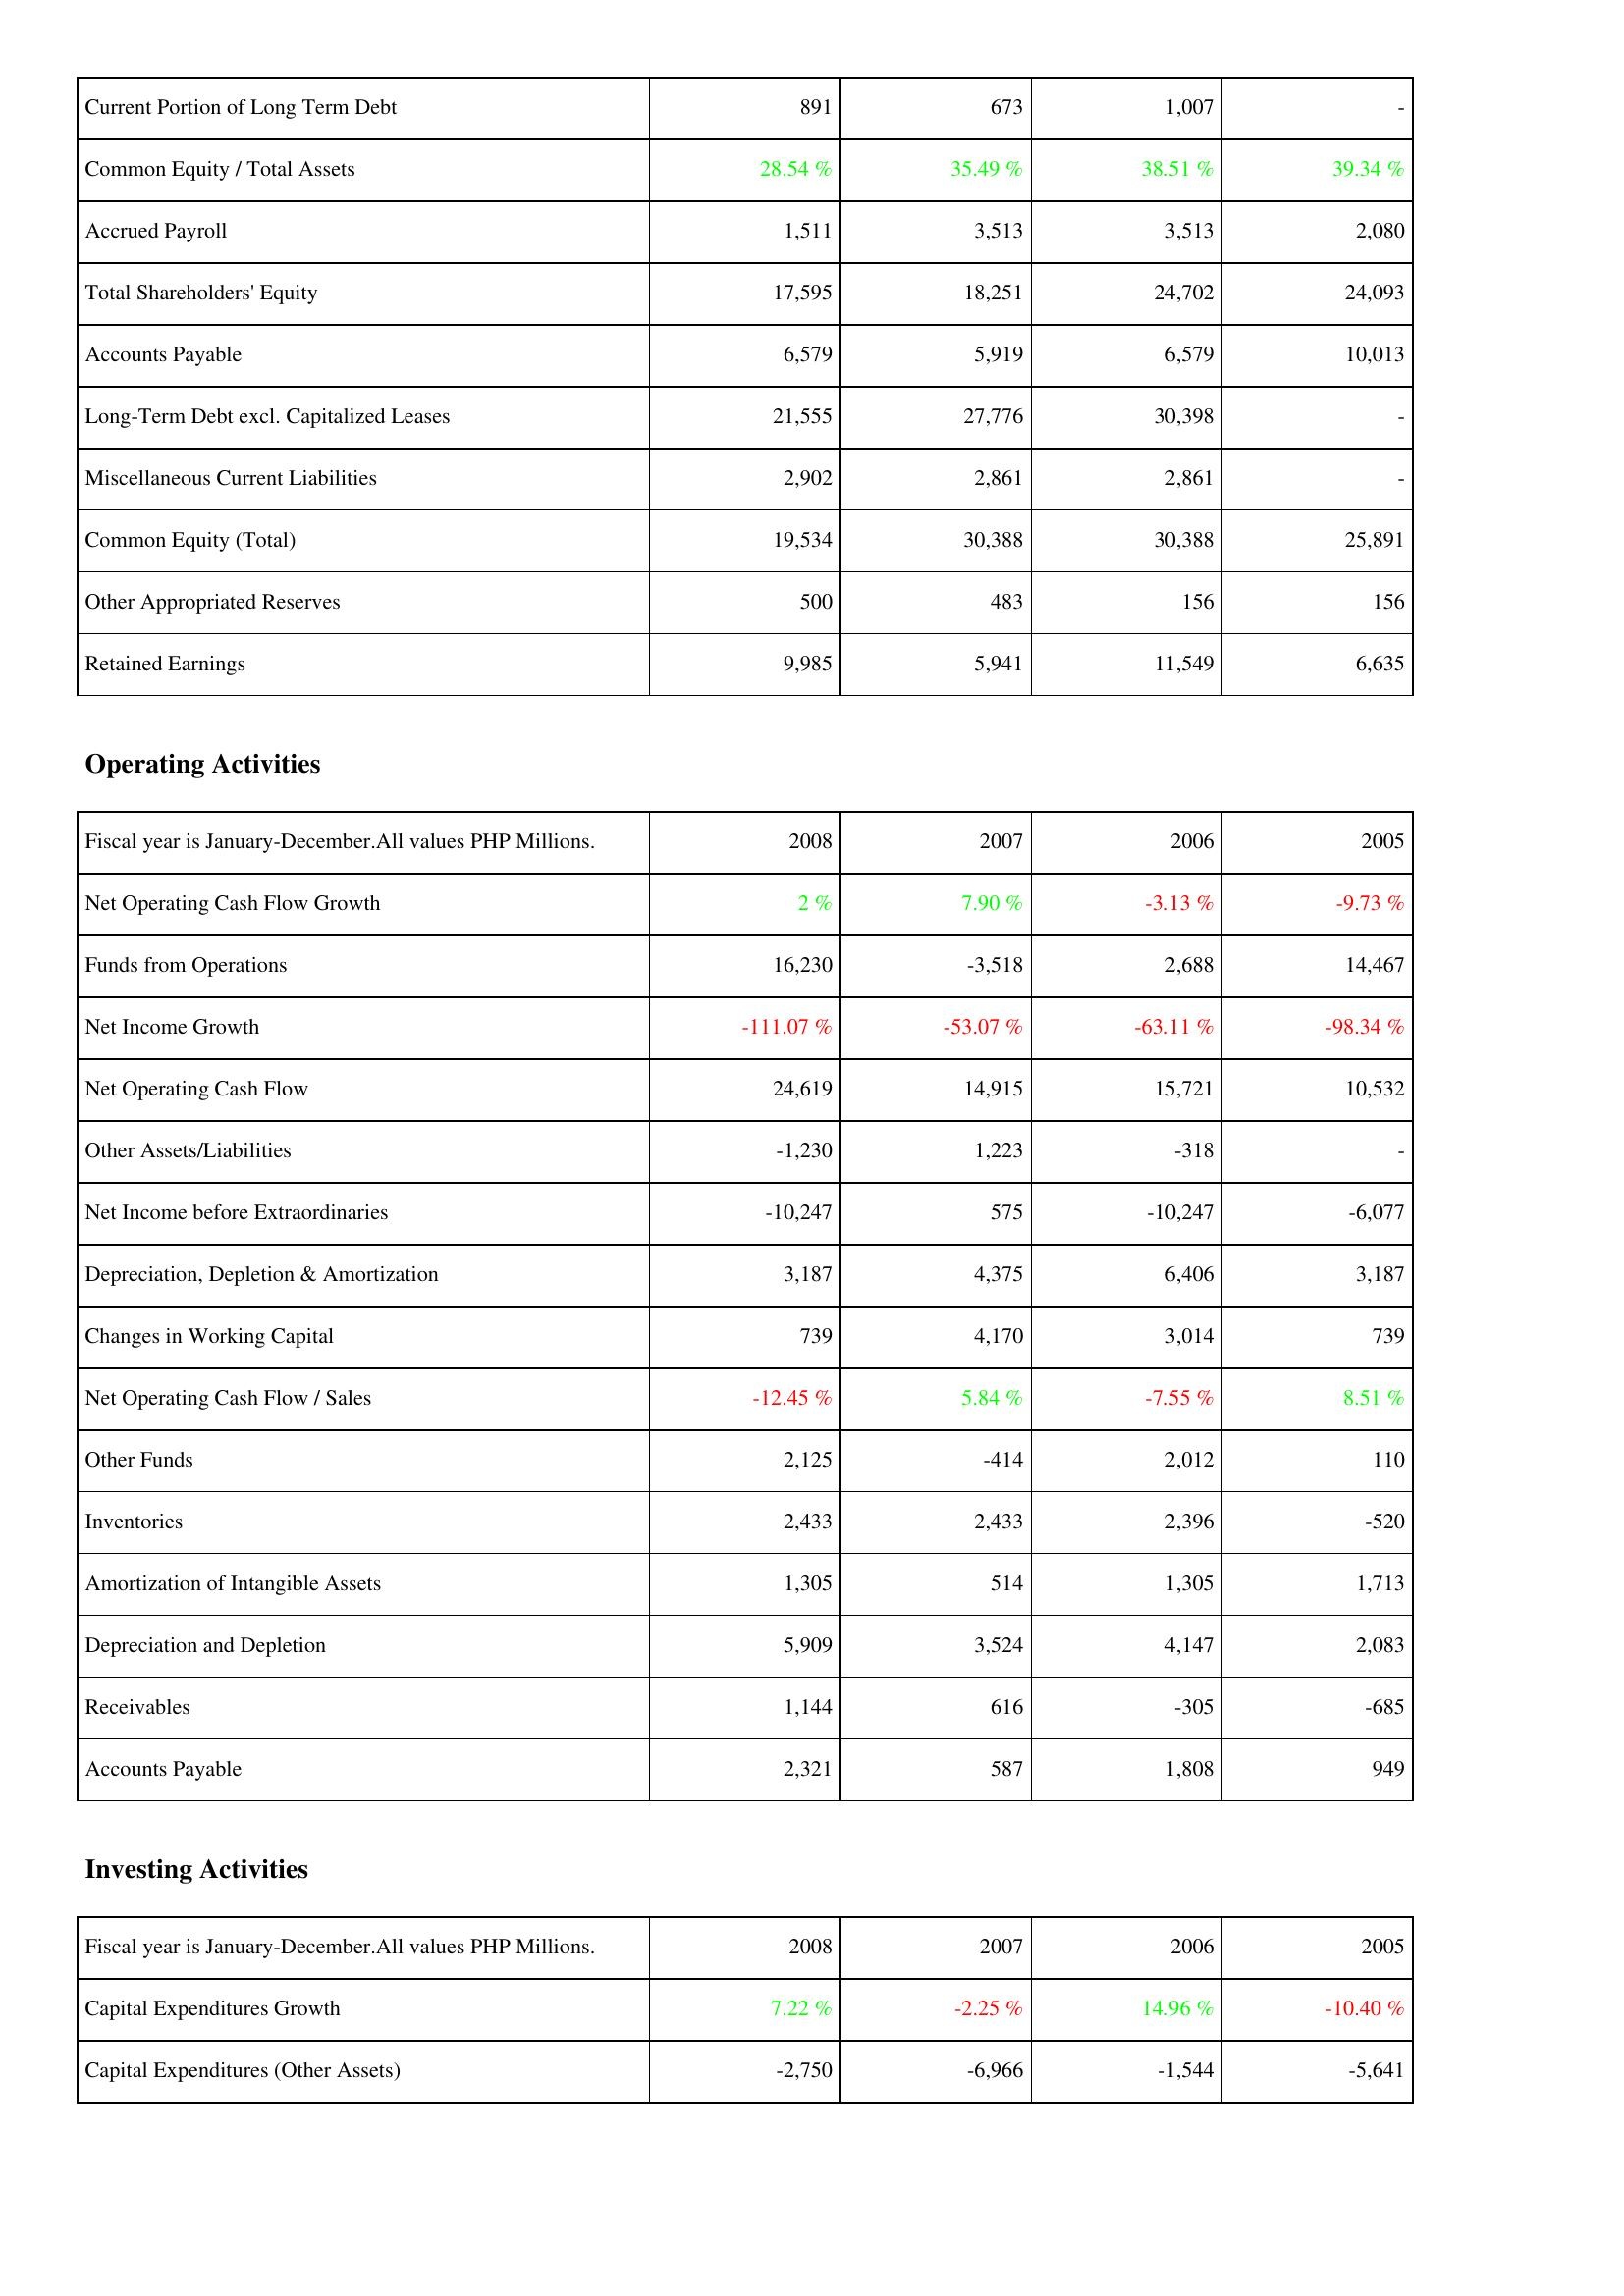
2008: Liabilities & Shareholders' Equity: Current Portion of Long Term Debt: 891
Common Equity / Total Assets: 28.54 %
Accrued Payroll: 1,511
Total Shareholders' Equity: 17,595
Accounts Payable: 6,579
Long-Term Debt excl. Capitalized Leases: 21,555
Miscellaneous Current Liabilities: 2,902
Common Equity (Total): 19,534
Other Appropriated Reserves: 500
Retained Earnings: 9,985
Operating Activities: Net Operating Cash Flow Growth: 2 %
Funds from Operations: 16,230
Net Income Growth: -111.07 %
Net Operating Cash Flow: 24,619
Other Assets/Liabilities: -1,230
Net Income before Extraordinaries: -10,247
Depreciation, Depletion & Amortization: 3,187
Changes in Working Capital: 739
Net Operating Cash Flow / Sales: -12.45 %
Other Funds: 2,125
Inventories: 2,433
Amortization of Intangible Assets: 1,305
Depreciation and Depletion: 5,909
Receivables: 1,144
Accounts Payable: 2,321
Investing Activities: Capital Expenditures Growth: 7.22 %
Capital Expenditures (Other Assets): -2,750
2007: Liabilities & Shareholders' Equity: Current Portion of Long Term Debt: 673
Common Equity / Total Assets: 35.49 %
Accrued Payroll: 3,513
Total Shareholders' Equity: 18,251
Accounts Payable: 5,919
Long-Term Debt excl. Capitalized Leases: 27,776
Miscellaneous Current Liabilities: 2,861
Common Equity (Total): 30,388
Other Appropriated Reserves: 483
Retained Earnings: 5,941
Operating Activities: Net Operating Cash Flow Growth: 7.90 %
Funds from Operations: -3,518
Net Income Growth: -53.07 %
Net Operating Cash Flow: 14,915
Other Assets/Liabilities: 1,223
Net Income before Extraordinaries: 575
Depreciation, Depletion & Amortization: 4,375
Changes in Working Capital: 4,170
Net Operating Cash Flow / Sales: 5.84 %
Other Funds: -414
Inventories: 2,433
Amortization of Intangible Assets: 514
Depreciation and Depletion: 3,524
Receivables: 616
Accounts Payable: 587
Investing Activities: Capital Expenditures Growth: -2.25 %
Capital Expenditures (Other Assets): -6,966
2006: Liabilities & Shareholders' Equity: Current Portion of Long Term Debt: 1,007
Common Equity / Total Assets: 38.51 %
Accrued Payroll: 3,513
Total Shareholders' Equity: 24,702
Accounts Payable: 6,579
Long-Term Debt excl. Capitalized Leases: 30,398
Miscellaneous Current Liabilities: 2,861
Common Equity (Total): 30,388
Other Appropriated Reserves: 156
Retained Earnings: 11,549
Operating Activities: Net Operating Cash Flow Growth: -3.13 %
Funds from Operations: 2,688
Net Income Growth: -63.11 %
Net Operating Cash Flow: 15,721
Other Assets/Liabilities: -318
Net Income before Extraordinaries: -10,247
Depreciation, Depletion & Amortization: 6,406
Changes in Working Capital: 3,014
Net Operating Cash Flow / Sales: -7.55 %
Other Funds: 2,012
Inventories: 2,396
Amortization of Intangible Assets: 1,305
Depreciation and Depletion: 4,147
Receivables: -305
Accounts Payable: 1,808
Investing Activities: Capital Expenditures Growth: 14.96 %
Capital Expenditures (Other Assets): -1,544
2005: Liabilities & Shareholders' Equity: Current Portion of Long Term Debt: -
Common Equity / Total Assets: 39.34 %
Accrued Payroll: 2,080
Total Shareholders' Equity: 24,093
Accounts Payable: 10,013
Long-Term Debt excl. Capitalized Leases: -
Miscellaneous Current Liabilities: -
Common Equity (Total): 25,891
Other Appropriated Reserves: 156
Retained Earnings: 6,635
Operating Activities: Net Operating Cash Flow Growth: -9.73 %
Funds from Operations: 14,467
Net Income Growth: -98.34 %
Net Operating Cash Flow: 10,532
Other Assets/Liabilities: -
Net Income before Extraordinaries: -6,077
Depreciation, Depletion & Amortization: 3,187
Changes in Working Capital: 739
Net Operating Cash Flow / Sales: 8.51 %
Other Funds: 110
Inventories: -520
Amortization of Intangible Assets: 1,713
Depreciation and Depletion: 2,083
Receivables: -685
Accounts Payable: 949
Investing Activities: Capital Expenditures Growth: -10.40 %
Capital Expenditures (Other Assets): -5,641